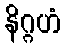
နိဂ္ဂဟံ